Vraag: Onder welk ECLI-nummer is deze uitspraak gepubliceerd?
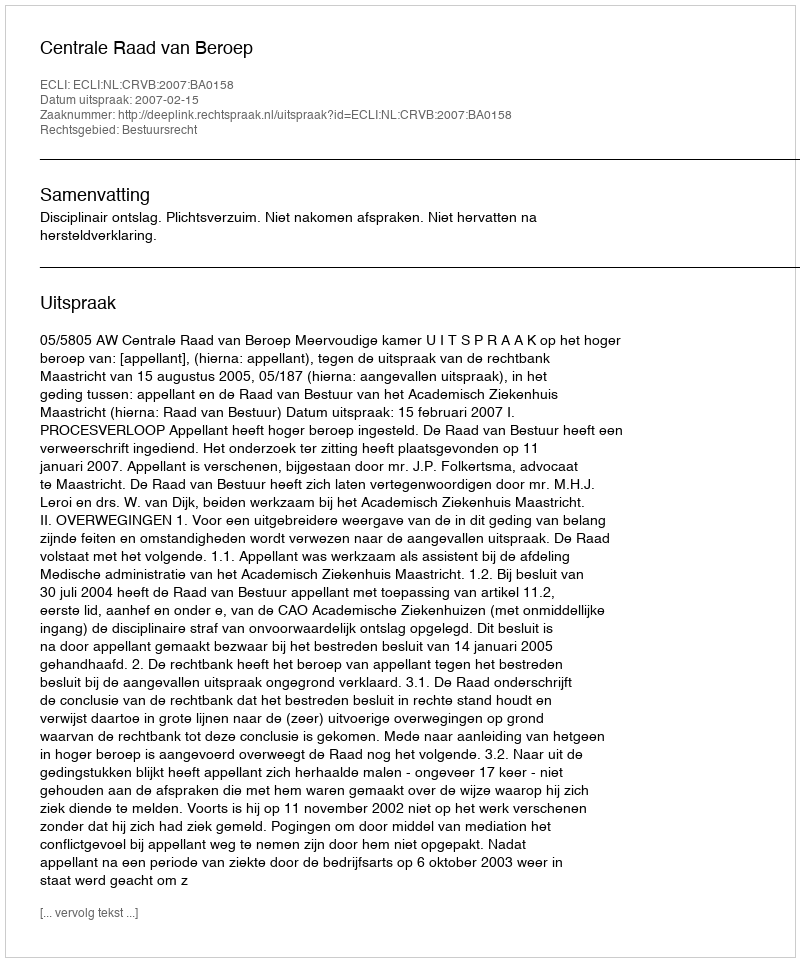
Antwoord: ECLI:NL:CRVB:2007:BA0158